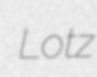
Lotz